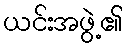
ယင်းအဖွဲ့၏